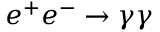
e ^ { + } e ^ { - } \to \gamma \gamma